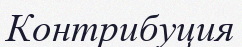
Контрибуция